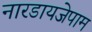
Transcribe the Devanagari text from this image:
नारडायजेपाम